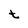
Character: t